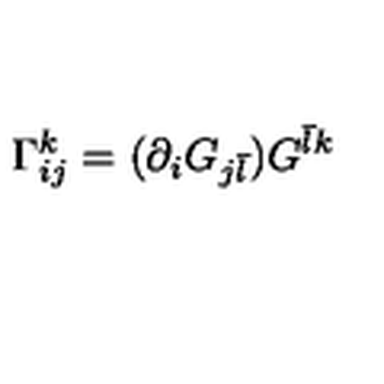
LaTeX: \Gamma _ { i j } ^ { k } = ( \partial _ { i } G _ { j { \bar { l } } } ) G ^ { { \bar { l } } k } \,